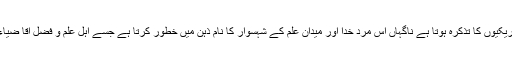
جب بھی علم اصول کی ظرافتوں اور باریکیوں کا تذکرہ ہوتا ہے ناگہاں اس مرد خدا اور میدان علم کے شہسوار کا نام ذہن میں خطور کرتا ہے جسے اہل علم و فضل آقا ضیاء الدین عراقی کے نام سے پہچانتے ہیں۔